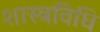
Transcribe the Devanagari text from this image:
शास्त्रविधि